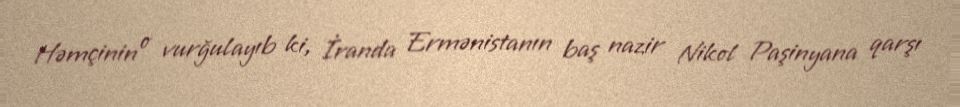
Həmçinin o vurğulayıb ki, İranda Ermənistanın baş nazir Nikol Paşinyana qarşı